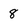
Character: 8